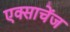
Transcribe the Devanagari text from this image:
एक्साचेंज